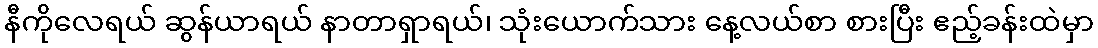
နီကိုလေရယ် ဆွန်ယာရယ် နာတာရှာရယ်၊ သုံးယောက်သား နေ့လယ်စာ စားပြီး ဧည့်ခန်းထဲမှာ